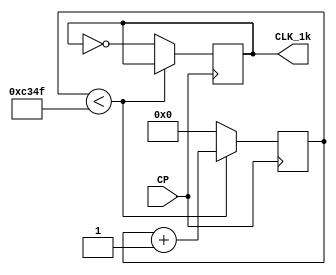
`timescale 1ns / 1ps
//////////////////////////////////////////////////////////////////////////////////
// Company: 
// 
// Design Name: 
// Module Name: FrequencyDivider_1k
// Project Name: 
// Target Devices: 
// Tool Versions: 
// Description: 
// 
// Dependencies: 
// 
// Revision:
// Revision 0.01 - File Created
// Additional Comments:
// 
//////////////////////////////////////////////////////////////////////////////////


module FrequencyDivider_1k(
    input CP,
    output reg CLK_1k = 0
    );
    reg [15:0] state;
    always @(posedge CP)
        begin
//        for real use
            if (state < 49999) state <= state + 1'b1;
//          for sim
        //  if (state < 4) state <= state +1'b1;
            else 
                begin
                    state <= 0;
                    CLK_1k <= ~CLK_1k;
                end
        end
endmodule